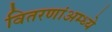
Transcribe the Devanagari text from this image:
वितरणांअम्ध्ये